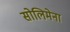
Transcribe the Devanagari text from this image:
सोलिमेना